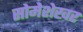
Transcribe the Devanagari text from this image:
सोमेशेखर